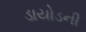
ડાયોડની